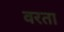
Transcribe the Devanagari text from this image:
वरता